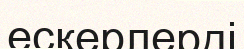
ескерлерді